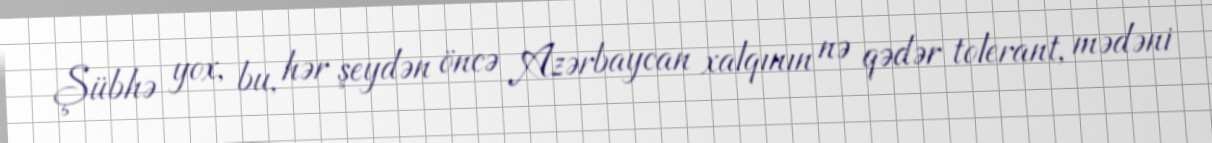
Şübhə yox, bu, hər şeydən öncə Azərbaycan xalqının nə qədər tolerant, mədəni